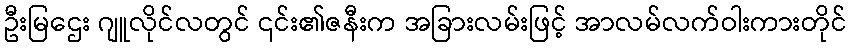
ဦးမြဌေး ဂျူလိုင်လတွင် ၎င်း၏ဇနီးက အခြားလမ်းဖြင့် အာလမ်လက်ဝါးကားတိုင်